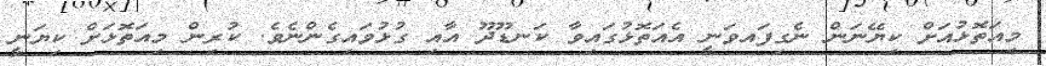
މިއަތޮޅުއަށް ކިޔޭނަން ނެގިފައވަނީ އެއަތޮޅުގައިވާ ކަނޑޫދޫ އާއި ގުޅުވައިގެންނެވެ. ކުރިން މިއަތޮޅަށް ކިޔަނީ